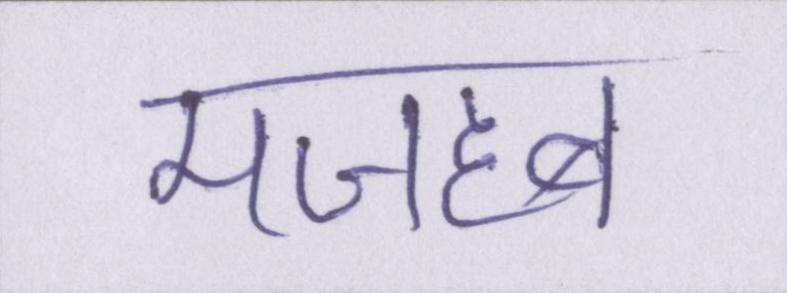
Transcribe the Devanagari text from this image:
मजहब